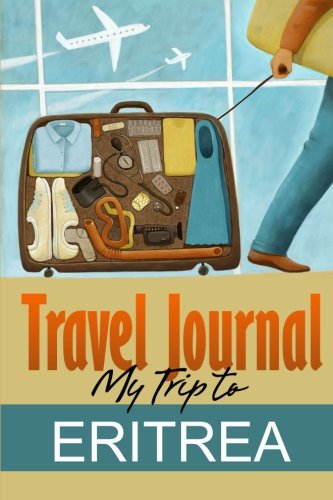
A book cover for Travel Journal: My Trip to Eritrea; Travel Diary; Travel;